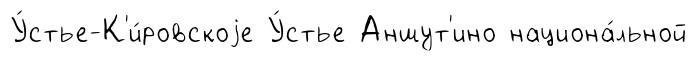
У́стье-К'и́ровскоjе У́стье Аншут'ино национа́льной